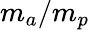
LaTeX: m_{a}/m_{p}